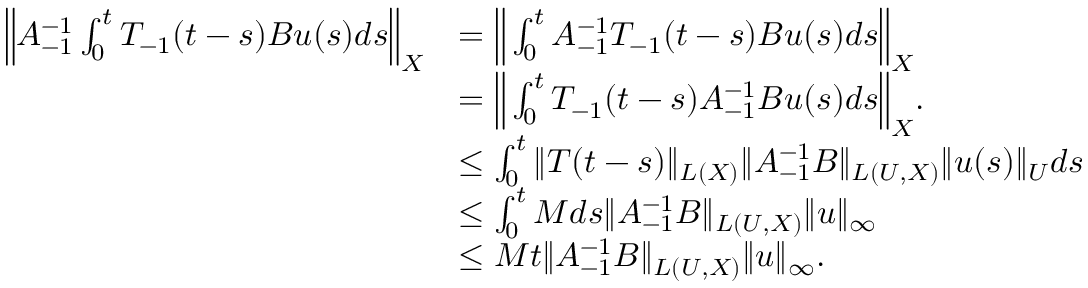
\begin{array} { r l } { \Big \| A _ { - 1 } ^ { - 1 } \int _ { 0 } ^ { t } T _ { - 1 } ( t - s ) B u ( s ) d s \Big \| _ { X } } & { = \Big \| \int _ { 0 } ^ { t } A _ { - 1 } ^ { - 1 } T _ { - 1 } ( t - s ) B u ( s ) d s \Big \| _ { X } } \\ & { = \Big \| \int _ { 0 } ^ { t } T _ { - 1 } ( t - s ) A _ { - 1 } ^ { - 1 } B u ( s ) d s \Big \| _ { X } . } \\ & { \leq \int _ { 0 } ^ { t } \| T ( t - s ) \| _ { L ( X ) } \| A _ { - 1 } ^ { - 1 } B \| _ { L ( U , X ) } \| u ( s ) \| _ { U } d s } \\ & { \leq \int _ { 0 } ^ { t } M d s \| A _ { - 1 } ^ { - 1 } B \| _ { L ( U , X ) } \| u \| _ { \infty } } \\ & { \leq M t \| A _ { - 1 } ^ { - 1 } B \| _ { L ( U , X ) } \| u \| _ { \infty } . } \end{array}